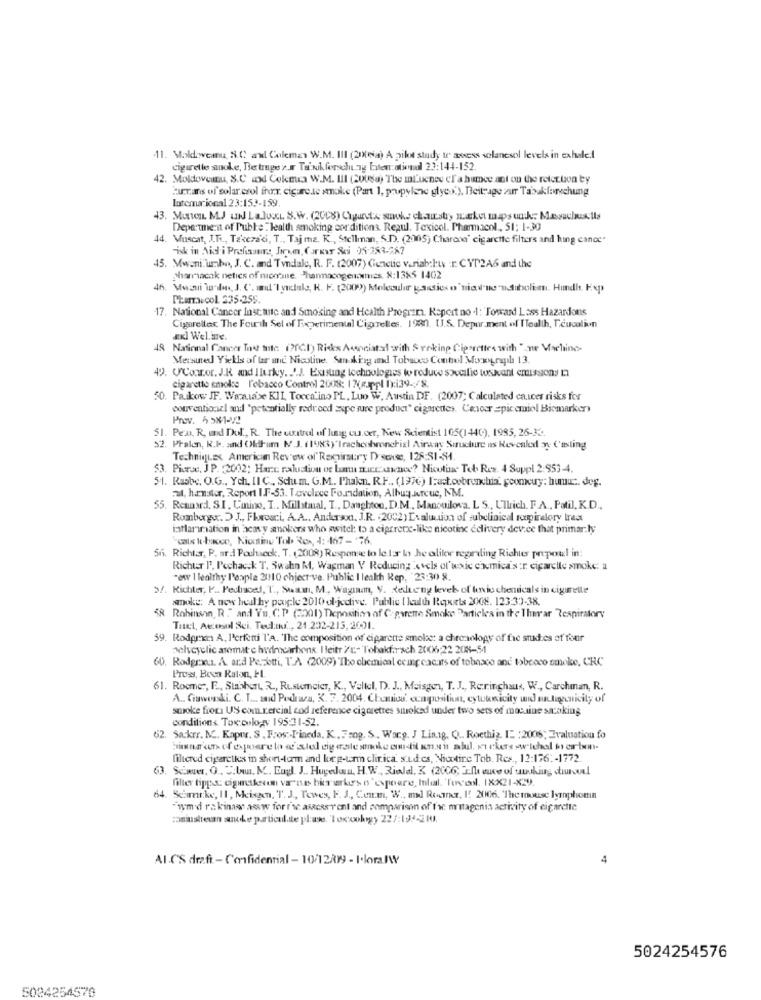
11. Moldweanu, S.C al Coleman W.M. III (20(wa) A pilot study to assess solanesol levels in exhale.1
cigarette anoke, Be trage .» Taxik forschung Intenational 23:144-152
42. Moldoveanu, S.C mod Colmes W.M. III (20Usa) The mL'ueneu el a humce act on the relation by
currans of solar csol frer. cigure.le smoke (Part 1, propylene glyex.), Beitrage zum Tabakforschung
Internacional 23:152-159.
Department of Pubke : lealth smoking corditions. Regul. Toxicol. Pharmacol, 51; 1-30
44. Muscat, J.T ., Takcza'di, T ., Taj ma. K ., Stellman, S.D. (2005) Charone' cigarette filters and hing cance"
45. Mwani umbo, J. C. and Tyndale, R. F. (2007) Genetic variabelt :r. CVT2A6 and the
pharmacok netics of nicotine. "Pharmacogenomics. 8:1385 1402
Wwni Wu, J. C'. d'I ynctale, K. F. (2009) Molecular gassies o'nia-ne "ndabolien. Hundh. Kop
Pharmacol 235-259.
. National Cancer Inst:mitc and Smoking and Health Program. Raport no .1: Toward Lass Hazardous
Cigarettes. The Fourth Sel of Tigerimental Cigrelles. 1980. UJ.S. Depur.ment of Health, T.cuculiun
axl Wel.ie.
48 National Cancer Tout inte: (?(CI) Risks Associated with $ rekinp Cigarettes with "-me Machine-
Mersuted Yiells of tar and Nicoline. Senaking and Tobacco Control Moxygraph 13.
49. (Conror.J.R and Ilurky .. '.J. Existing technologies to reduce sovcilie tosuivant emissions
cigarette smoke Tobacco Control 2008: 17(ppl 1:i39-/8
50. Pakow JF. Wannabe KII, Tocca'ino PL, Luo W, Austin DF. (2007; Calculated cancer risks for
conventionzl and "potentially reduced axpe sure product" cigarettes. Cencer =picemiol Biomarker
Prov. 5 581-72
51. Pex, R, und Dol ., R. The control of lung cu.cer, New Scientist 105(1440), 1985, 26-33.
52. Pralon, R.I. and Old-am N.J. (1983)"Tracheabronchial Airway Structure is Revealed y Casting
Techniques American Review of Ramgirsury D sense, 128:SI-S4
53. Picrue, J P. (2002; Harc raduation of lu muccaanos? Nicotine Teb Res. 4 Suppl 2:953-4.
54. Rasbe, O.G ., Ych, II C ., Schu.m. G.M. Phakn, R.F .. (1976) I:act.cobrechia. gcomeuy: humu :. dog.
a4, hanster, Report I.F-53. Toveloce Foundation, Albuy.krcue, NM.
55. Rennard, SI. Cinino, I .. Millatinal, T ., Daughtoo, D.M ., Manouilova, L S ., Ullrich, F.A ., Patil, K.D .,
Rombergw. > J ., Placaci, A.A .. Anderson. J.R. (2002) Evaluation of subclinical repirelory Irest
tatlarimation in'acavy smokers who switel: to a cipfrerx-like nicotine eclivery dev.ce that primar.ly
Scale to-bacon, Nicotine Tobe Res, 4: 467-'76.
56. Richter, P. ard Pochacck. T. (2008) Response to le.lar by he aliler regarding Richter prepoul in:
Richter I', Pechacck T. Swahn kt, Wasman V Reducing levels of'wait chimica sur cigarette smoke a
"ew 1 lealthy People 2010 chject ve. Public I lealth Rep, 23:30 8.
5/. Kichler, P_ Pechoed, T ., Suaw, M ., Wagiman, Y. Resteng level of toxic chemicals in cigarette
smoke: A new hel hy people 2010 oljedive. Publie ( Jealth Reports 2008. 123:30-38.
Robinson, R ." and Yu. C.P (2201) Dieposition of Cigarette Smoke Particles in the Therar Respiratory
Titel, Accosul Sci. Tecl.t ., 21.202-215, 2001.
59. Rodarxm A, Perfetti T'A. 'The composition of cigarette smoke: a chronology of fic studies of four
pelveyclic asemat-e hydrocarbons. I leitr /c .- Tobakfarsch 2006;22 208-54
60. Rodgrxu. A. ard Pezzetti, T.A. (2009) Ibo chemical ccing cacars of tobacco and tobeeco smoke, CRC
Press, Boca Raton, IL
61. Rocmer, F ., Stabbert R ., Ristemeier, K ., Veltel, D. J ., Maisgen, T. J ., Reringhaus, W ., Carchman, R.
A .. Gaworski. C. L ... and Pedraza, K. 7. 2004. Chemiod' composition, cytotoxicity wid muligecnicity of
smoke fiori US com.rercial tod reference cigarettes stoked under two sets of mosine sacoking
conditions Tox:cology 195:31-52.
62. Sackrr. M. Kapur. S. F:os :- Pineda. K ., Feng. S. Warg. J Lis.1g, Q .. Roethiz. I" : 2006" Evaluation fo
filtered cigarettes in short-term and borg-tann clinica' s.u.d.es, Nicotine Tob. Res ., 12:176 :- 1772.
63.
Scinver, O .. . Uuu. M. Engl J .. Huyedwin, H.W .. Riolal. K (2006; Elle suce of uuuking sturdel
filler tipps dimeksu va"ne birurku's o'expoare, Ihal. Tovol. IXX21-X2).
64. Seimike, 11, Meisen, T. J ., Tewes, F. J ., Conm, WW ., and Router, I! 2006. The mouse lymphoma
"we'd rakinaww awww for r's. assessrent and comparison of fre mretagenis activity of cigarette
zaniusitesan sanoke paticul.de pluse. Tocookygy 227:192-2101.
Al.C'S draft - Confidential - 10/12/099 - I.loralW
4
5024254576
5024254570